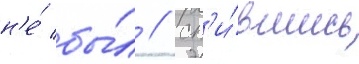
н'е́ бы́л // Сп'и́вшись